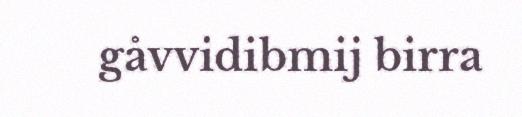
gåvvidibmij birra